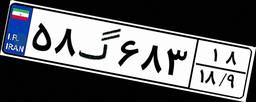
۸۳گ۲۵۳۴۵